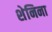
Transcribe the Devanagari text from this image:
शेनिना